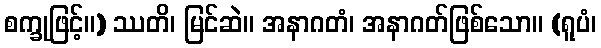
စက္ခုဖြင့်။) ဿတိ၊ မြင်ဆဲ။ အနာဂတံ၊ အနာဂတ်ဖြစ်သော။ (ရူပံ၊